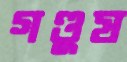
গণ্ডুষ